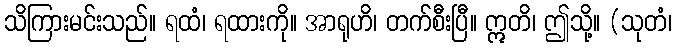
သိကြားမင်းသည်။ ရထံ၊ ရထားကို။ အာရုဟိ၊ တက်စီးပြီ။ ဣတိ၊ ဤသို့။ (သုတံ၊